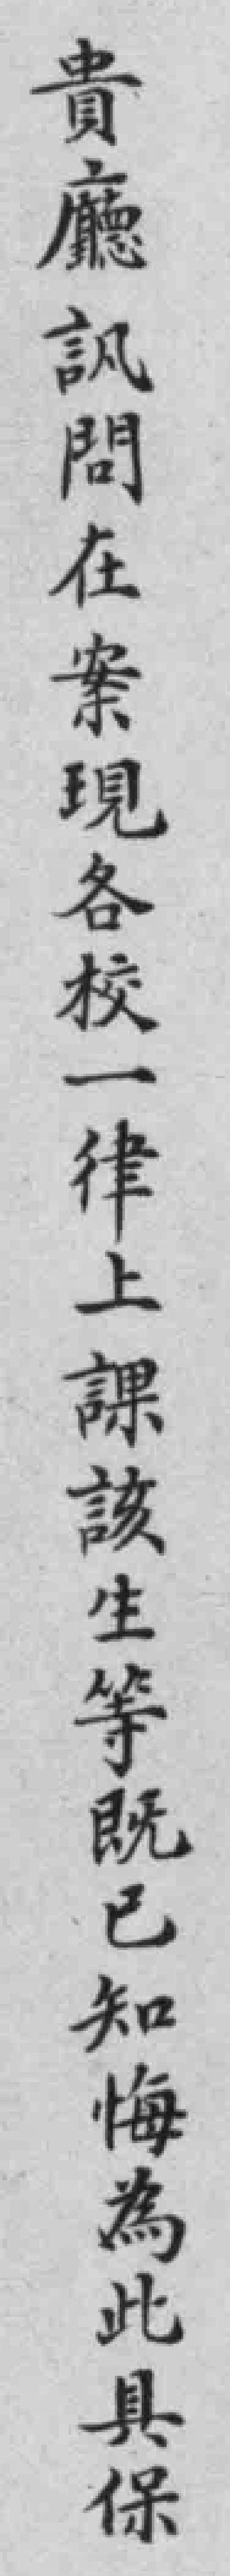
貴廳訊問在案現各校一律上課該生等既已知悔為此具保